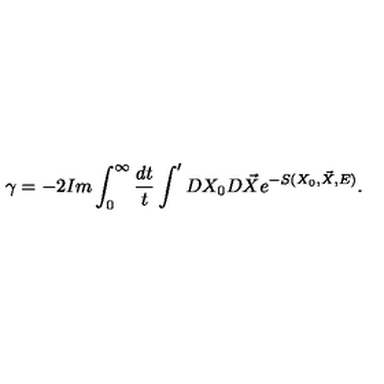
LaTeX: \gamma = - 2 I m \int _ { 0 } ^ { \infty } \frac { d t } { t } \int ^ { \prime } D X _ { 0 } D \vec { X } e ^ { - S ( X _ { 0 } , \vec { X } , E ) } .